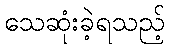
သေဆုံးခဲ့ရသည့်